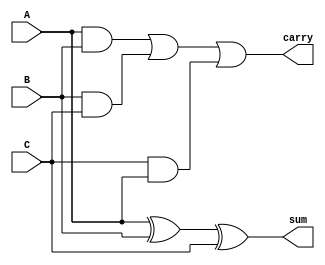
module carry_save_adder_3input #(parameter WIDTH = 8) (
    input  [WIDTH-1:0] A,
    input  [WIDTH-1:0] B,
    input  [WIDTH-1:0] C,
    output [WIDTH-1:0] sum,
    output [WIDTH-1:0] carry
);

    // Intermediate sum and carry
    wire [WIDTH-1:0] sum1, carry1;
    wire [WIDTH-1:0] sum2, carry2;

    // First level CSA
    // Full Adder for A, B, and C
    assign sum1 = A ^ B ^ C; // Sum = A  B  C
    assign carry1 = (A & B) | (B & C) | (C & A); // Carry = AB + BC + CA

    // Second level CSA (if needed, can be expanded)
    // Here, we are assuming a static configuration for simplicity.
    // In a more complex design, additional levels can be added.
    assign sum2 = sum1; // Pass through the first level sum
    assign carry2 = carry1; // Pass through the first level carry

    // Final adder to resolve carry
    assign sum = sum2; // Final sum output
    assign carry = carry2; // Final carry output

endmodule